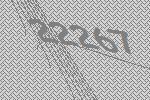
22267